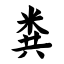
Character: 粪